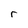
Character: r